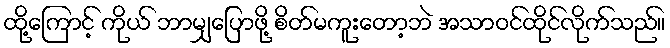
ထို့ကြောင့် ကိုယ် ဘာမျှပြောဖို့ စိတ်မကူးတော့ဘဲ အသာဝင်ထိုင်လိုက်သည်။